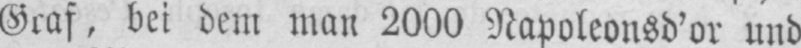
Graf, bei dem man 2000 Napoleonsd’or und